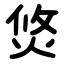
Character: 焂